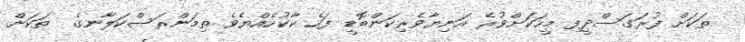
ތަކަށް ފުރަގަސްދީފި މީހަކަށްވުރެ އަނިޔާވެރިކަންބޮޑީ ފަހެ ކާކުހެއްޔެވެ ތިމަންރަސްކަލާނގެ  ތަކަށް